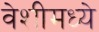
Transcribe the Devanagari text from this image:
वेशीमध्ये